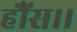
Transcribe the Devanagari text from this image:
हौंस।।